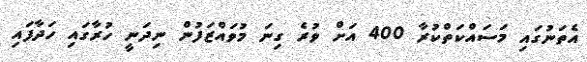
އެތަނުގައި މަސައްކަތްކުރާ 400 އަށް ވުރެ ގިނަ މުވައްޒަފުން ނިދަނީ ހުރާގައި ހަދާފައި